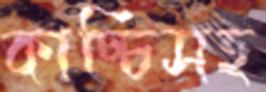
কাচ্চিসহ